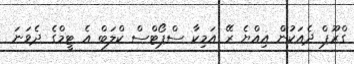
ގްރޫޕް ދެއަކުން އިއްޔެ ރޭ އަމިކާ ސްޕޯޓްސް ކްލަބް އެ ޓީމްގެ ދެވަނަ